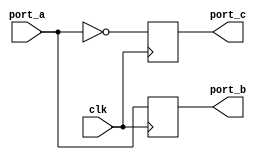
module CLK_NS_EDMX (clk, port_a, port_b, port_c); 
   input clk, port_a; 
   output port_b, port_c; 
   reg port_b, port_c; 

   always @(posedge clk)   
   begin     
      port_b <= port_a;   
   end

   always @(negedge clk)   
   begin     
      port_c <= !port_a;   
   end 
endmodule